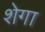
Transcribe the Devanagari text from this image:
शेगा